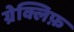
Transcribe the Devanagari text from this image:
ग्रेक्लिफ़